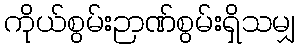
ကိုယ်စွမ်းဉာဏ်စွမ်းရှိသမျှ